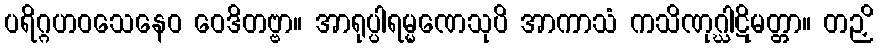
ပရိဂ္ဂဟဝသေနေဝ ဝေဒိတဗ္ဗာ။ အာရုပ္ပါရမ္မဏေသုပိ အာကာသံ ကသိဏုဂ္ဃါဋိမတ္တာ။ တဉှိ